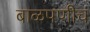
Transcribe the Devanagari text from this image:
बाळपणीच